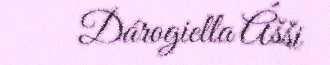
Dárogiella Ášši